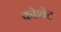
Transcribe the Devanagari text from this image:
कोशैंट